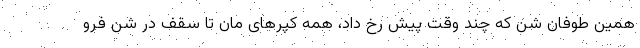
همین طوفان شن که چند وقت پیش رخ داد، همه کپرهای مان تا سقف در شن فرو